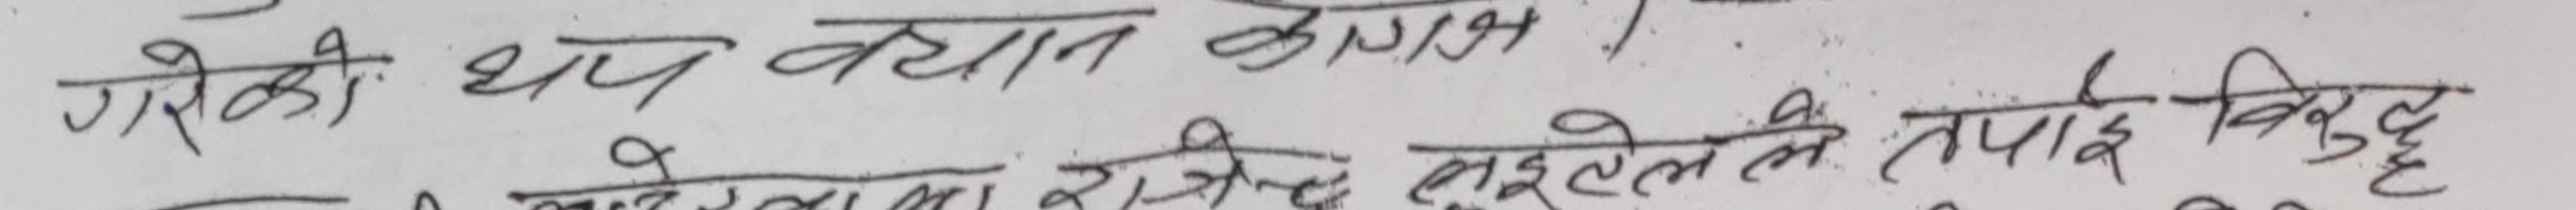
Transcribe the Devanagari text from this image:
गरेकी ध्येय बयान कागज।
यो मेरो खाना रोजिद खुलेको ले तपाईं विरुद्ध ह